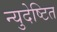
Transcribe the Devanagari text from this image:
न्युदेष्टित